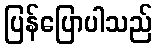
ပြန်ပြောပါသည်